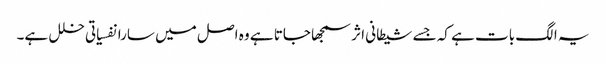
یہ الگ بات ہے کہ جسے شیطانی اثر سمجھا جاتا ہے وہ اصل میں سارا نفسیاتی خلل ہے۔